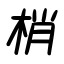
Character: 梢